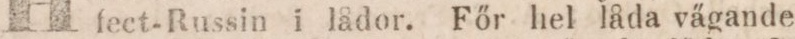
fect-Russin i lådor. Főr hel låda vägande